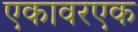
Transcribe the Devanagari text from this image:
एकावरएक